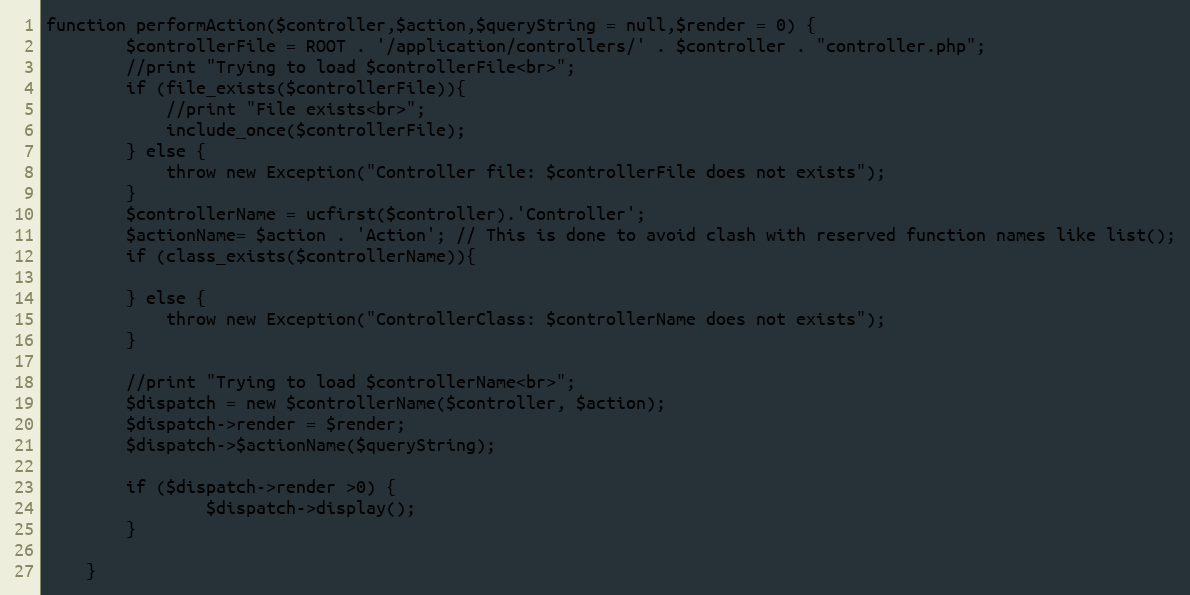
Language: PHP
function performAction($controller,$action,$queryString = null,$render = 0) {
		$controllerFile = ROOT . '/application/controllers/' . $controller . "controller.php";
		//print "Trying to load $controllerFile<br>";
		if (file_exists($controllerFile)){
			//print "File exists<br>";
			include_once($controllerFile);
		} else {
			throw new Exception("Controller file: $controllerFile does not exists");
		}
		$controllerName = ucfirst($controller).'Controller';
		$actionName= $action . 'Action'; // This is done to avoid clash with reserved function names like list();
		if (class_exists($controllerName)){

		} else {
			throw new Exception("ControllerClass: $controllerName does not exists");
		}

		//print "Trying to load $controllerName<br>";
		$dispatch = new $controllerName($controller, $action);
		$dispatch->render = $render;
		$dispatch->$actionName($queryString);

		if ($dispatch->render >0) {
				$dispatch->display();
		}

	}